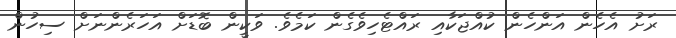
ރަށު އެހެން އަންހެން ކުއްޖަކާއި ރައްޓެހިވެގެން ކަމެވެ. ވަކީން ބޮޑަށް އަހަރެންނަށް ސިހުން